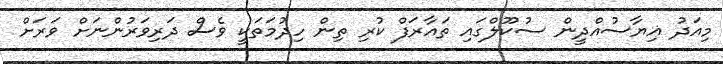
މިއަދު ޣިޔާސުއްދީން ސުކޫލްގައި ތައާރަފް ކުރި ތިން ހިދުމަތަކީ ވެސް ދަރިވަރުންނަށް ވަރަށް